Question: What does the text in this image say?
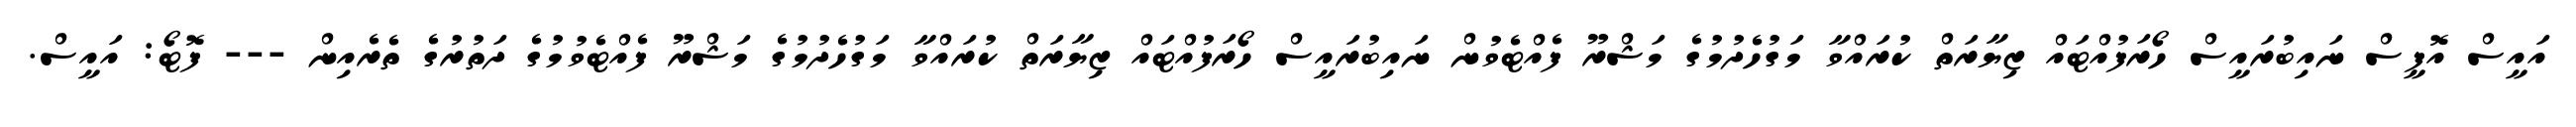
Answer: އައީސް އޮފީސް ނައިބުރައީސް ހޯރަފުއްޓައް ޒިޔާރަތް ކުރައްވާ މަގުހެދުމުގެ މަޝްރޫ ފެއްޓެވުން ނައިބުރައީސް ހޯރަފުއްޓައް ޒިޔާރަތް ކުރައްވާ މަގުހެދުމުގެ މަޝްރޫ ފެއްޓެވުމުގެ ދަތުރުގެ ތެރެއިން --- ފޮޓޯ: އައީސް.